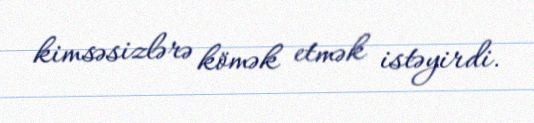
kimsəsizlərə kömək etmək istəyirdi.